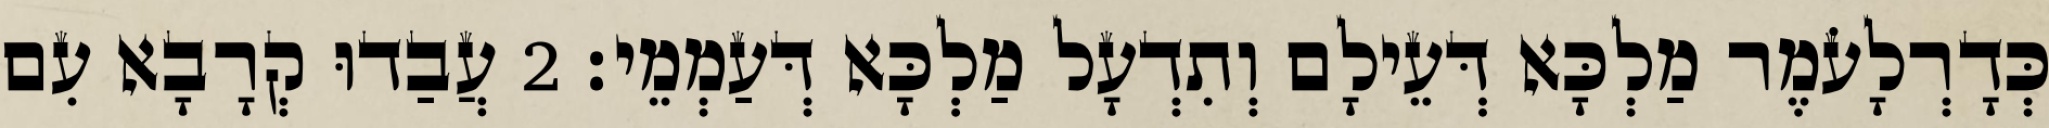
כְּדָרְלָעֹמֶר מַלְכָּא דְּעֵילָם וְתִדְעָל מַלְכָּא דְּעַמְמֵי׃ 2 עֲבַדוּ קְרָבָא עִם